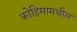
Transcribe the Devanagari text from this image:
कोहिमामधील